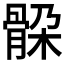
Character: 𲌎